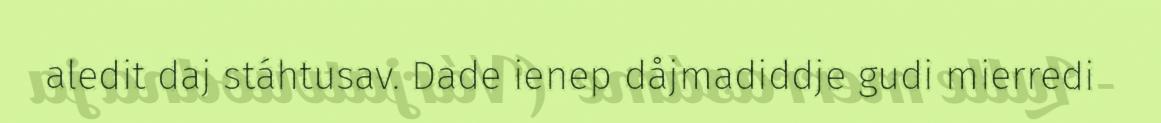
aledit daj stáhtusav. Dade ienep dåjmadiddje gudi mierredi